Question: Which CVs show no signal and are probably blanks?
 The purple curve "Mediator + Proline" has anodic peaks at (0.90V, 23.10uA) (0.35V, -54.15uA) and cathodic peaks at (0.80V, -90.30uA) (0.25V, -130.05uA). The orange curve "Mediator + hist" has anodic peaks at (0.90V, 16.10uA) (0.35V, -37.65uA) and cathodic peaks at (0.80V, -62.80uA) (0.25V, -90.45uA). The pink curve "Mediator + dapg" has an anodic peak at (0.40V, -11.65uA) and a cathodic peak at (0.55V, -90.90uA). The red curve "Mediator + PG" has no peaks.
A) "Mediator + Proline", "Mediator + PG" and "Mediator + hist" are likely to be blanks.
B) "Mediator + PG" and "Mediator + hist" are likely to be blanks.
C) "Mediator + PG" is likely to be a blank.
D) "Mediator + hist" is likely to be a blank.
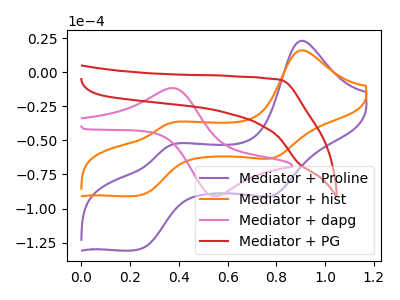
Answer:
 <answer>C) "Mediator + PG" is likely to be a blank.</answer>
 <eval>C</eval>